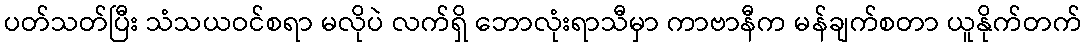
ပတ်သတ်ပြီး သံသယဝင်စရာ မလိုပဲ လက်ရှိ ဘောလုံးရာသီမှာ ကာဗာနီက မန်ချက်စတာ ယူနိုက်တက်